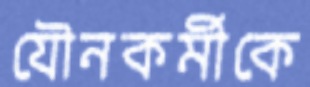
যৌনকর্মীকে